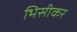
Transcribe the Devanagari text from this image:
भिसीकर